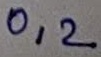
Text: 0,2